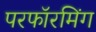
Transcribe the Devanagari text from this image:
परफॉरमिंग